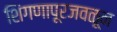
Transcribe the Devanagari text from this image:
शिंगणापूरजवळून